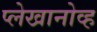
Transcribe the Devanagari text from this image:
प्लेखानोव्ह